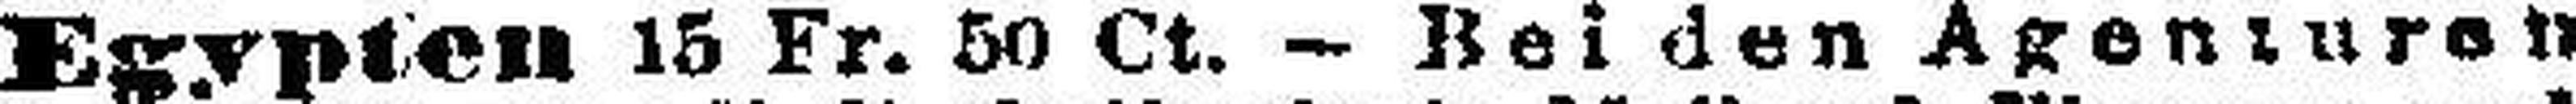
Egypten 15 Fr. 50 Ct. - Bei den Agenturen